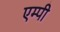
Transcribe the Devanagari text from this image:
एम्पी